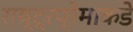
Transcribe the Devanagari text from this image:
राष्ट्रप्रेमाकडे